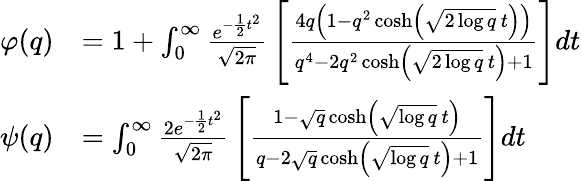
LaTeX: {\begin{array}{rl}{\varphi(q)}&{=1+\int_{0}^{\infty}{\frac{e^{-{\frac{1}{2}}t^{2}}}{\sqrt{2\pi}}}\left[{\frac{4q\left(1-q^{2}\cosh\left({\sqrt{2\log q}}\, t\right)\right)}{q^{4}-2q^{2}\cosh\left({\sqrt{2\log q}}\, t\right)+1}}\right]dt}\\ {\psi(q)}&{=\int_{0}^{\infty}{\frac{2e^{-{\frac{1}{2}}t^{2}}}{\sqrt{2\pi}}}\left[{\frac{1-{\sqrt{q}}\cosh\left({\sqrt{\log q}}\, t\right)}{q-2{\sqrt{q}}\cosh\left({\sqrt{\log q}}\, t\right)+1}}\right]dt}\end{array}}